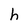
Character: h